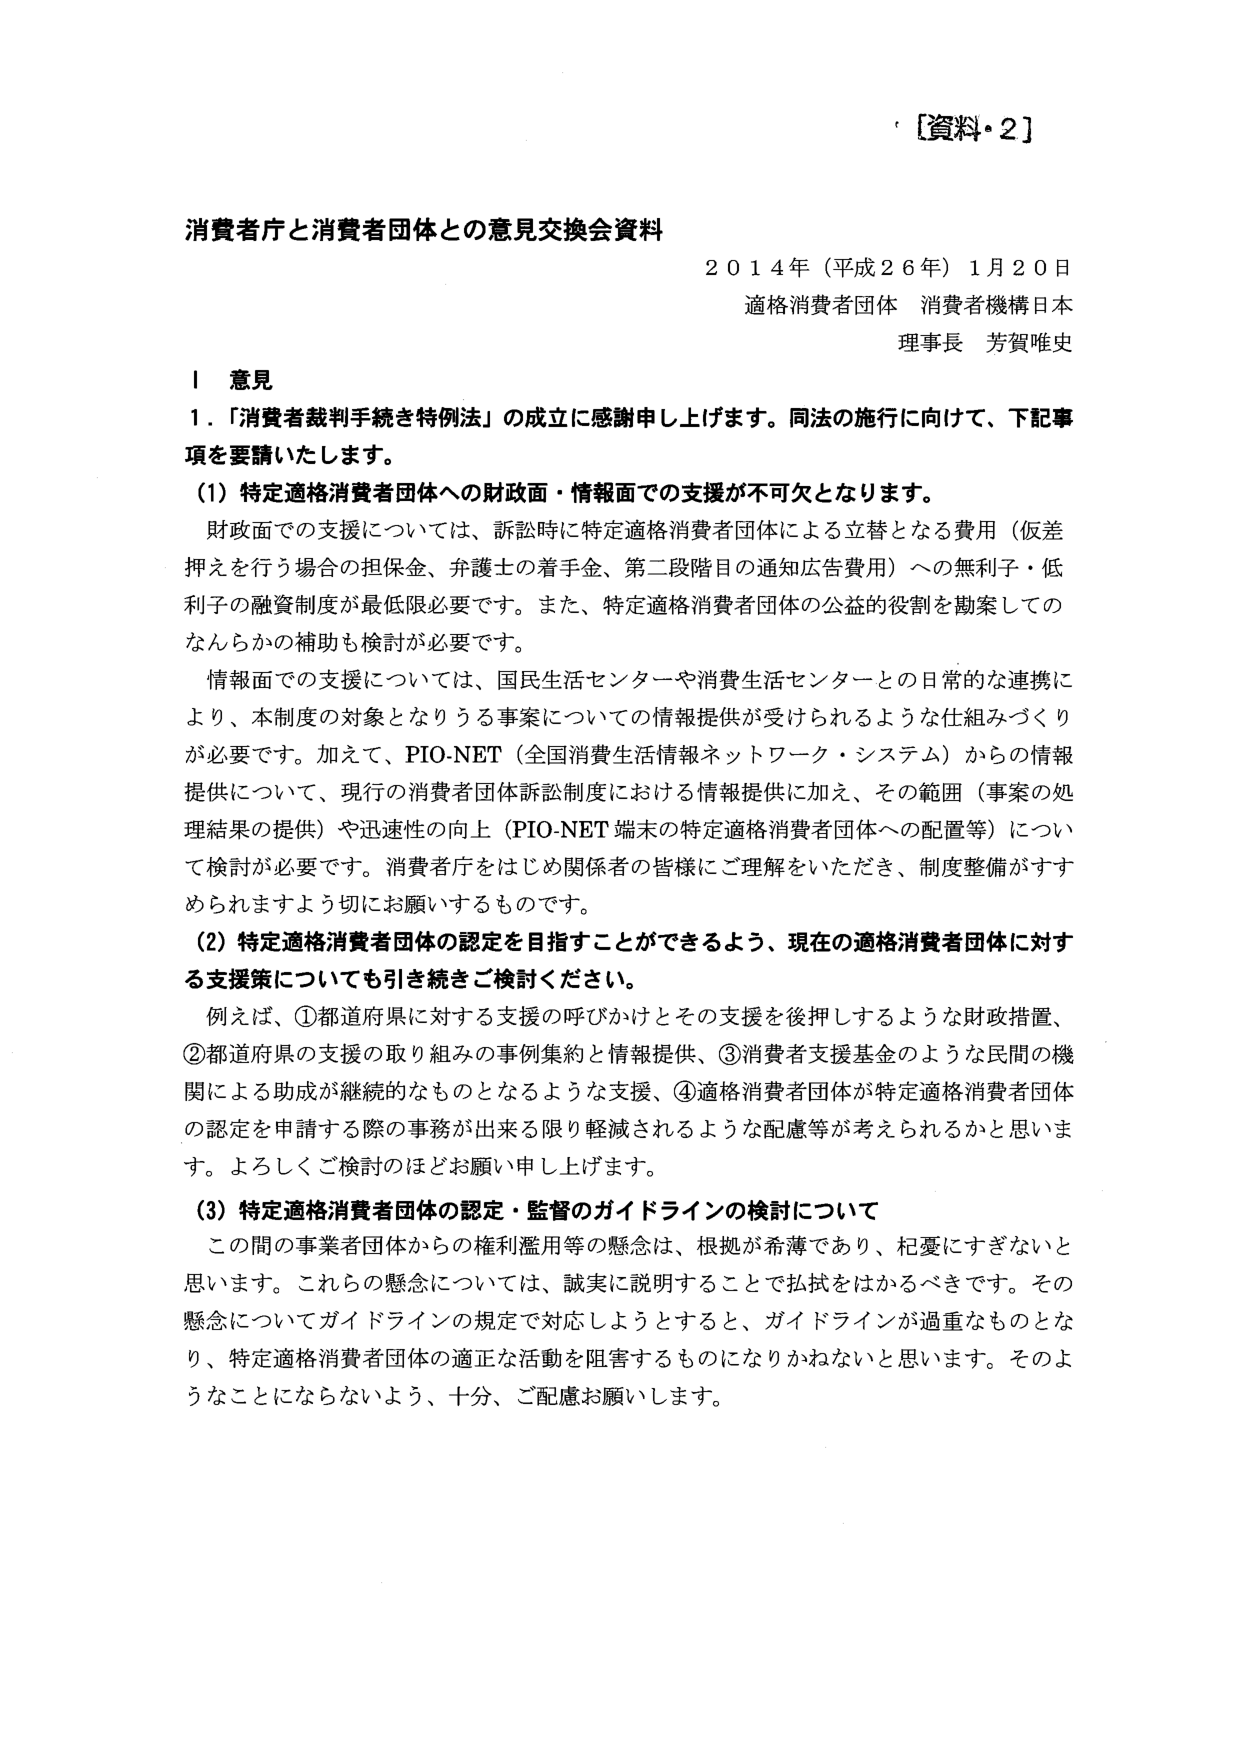
［資料・2］

消費者庁と消費者団体との意見交換会資料
２０１４年（平成２６年）１月２０日
適格消費者団体 消費者機構日本
理事長 芳賀唯史

Ⅰ 意見
１．「消費者裁判手続き特例法」の成立に感謝申し上げます。同法の施行に向けて、下記事項を要請いたします。
（1）特定適格消費者団体への財政面・情報面での支援が不可欠となります。
　財政面での支援については、訴訟時に特定適格消費者団体による立替となる費用（仮差押えを行う場合の担保金、弁護士の着手金、第二段階目の通知広告費用）への無利子・低利子の融資制度が最低限必要です。また、特定適格消費者団体の公益的役割を勘案してのなんらかの補助も検討が必要です。
　情報面での支援については、国民生活センターや消費生活センターとの日常的な連携により、本制度の対象となりうる事案についての情報提供が受けられるような仕組みづくりが必要です。加えて、PIO-NET（全国消費生活情報ネットワーク・システム）からの情報提供について、現行の消費者団体訴訟制度における情報提供に加え、その範囲（事案の処理結果の提供）や迅速性の向上（PIO-NET端末の特定適格消費者団体への配置等）について検討が必要です。消費者庁をはじめ関係者の皆様にご理解をいただき、制度整備がすすめられますよう切にお願いするものです。
（2）特定適格消費者団体の認定を目指すことができるよう、現在の適格消費者団体に対する支援策についても引き続きご検討ください。
　例えば、①都道府県に対する支援の呼びかけとその支援を後押しするような財政措置、②都道府県の支援の取り組みの事例集約と情報提供、③消費者支援基金のような民間の機関による助成が継続的なものとなるような支援、④適格消費者団体が特定適格消費者団体の認定を申請する際の事務が出来る限り軽減されるような配置等が考えられるかと思います。よろしくご検討のほどお願い申し上げます。
（3）特定適格消費者団体の認定・監督のガイドラインの検討について
　この間の事業者団体からの権利濫用等の懸念は、根拠が希薄であり、杞憂にすぎないと思います。これらの懸念については、誠実に説明することで払拭をはかるべきです。その懸念についてガイドラインの規定で対応しようとするとき、ガイドラインが過重なものとなり、特定適格消費者団体の適正な活動を阻害するものになりかねないと思います。そのようなことにならないよう、十分、ご配慮お願いします。